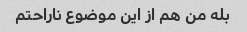
بله من هم از این موضوع ناراحتم